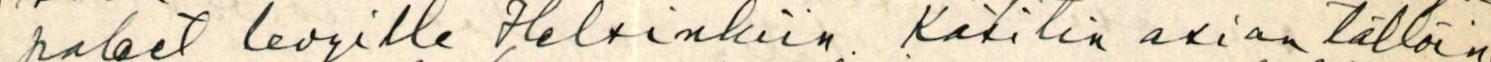
paleet levyille Helsinkiin. Käsitin asian tällöin